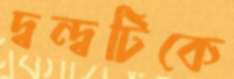
দ্বন্দ্বটিকে